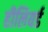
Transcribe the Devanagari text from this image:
हीलियर्ड